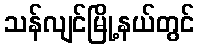
သန်လျင်မြို့နယ်တွင်